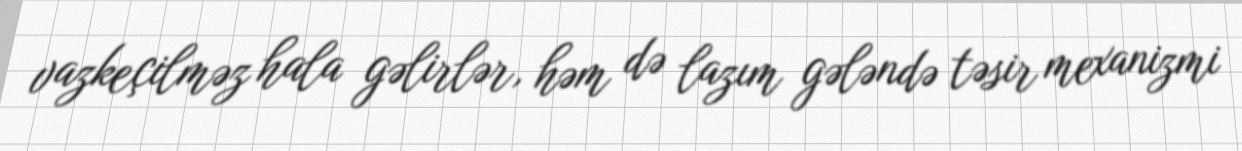
vazkeçilməz hala gəlirlər, həm də lazım gələndə təsir mexanizmi